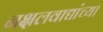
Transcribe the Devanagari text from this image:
नक्षलवाद्यांच्या